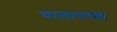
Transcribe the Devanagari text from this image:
चालायच्या